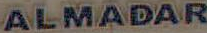
ALMADAR